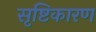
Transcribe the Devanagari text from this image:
सृष्टिकारण